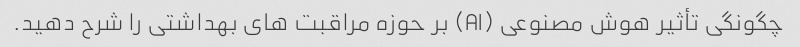
چگونگی تأثیر هوش مصنوعی (AI) بر حوزه مراقبت های بهداشتی را شرح دهید.